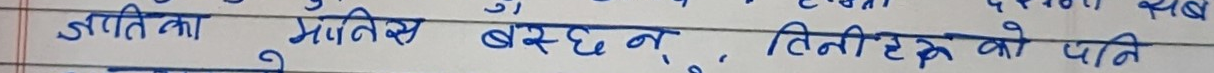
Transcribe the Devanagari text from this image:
जातिमा भेटिएस बस्छन्, तिनीहरुको पनि